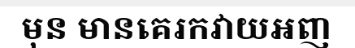
មុន មានគេរកវាយអញ